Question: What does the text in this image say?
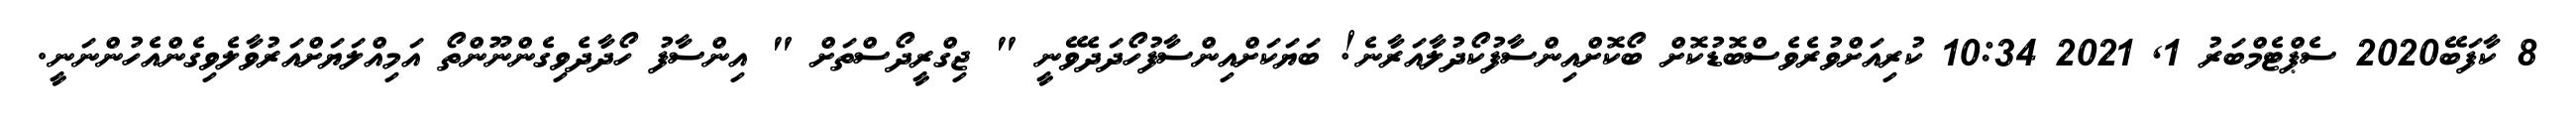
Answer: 8 ކާފަބޭ2020 ސެޕްޓެމްބަރު 1, 2021 10:34 ކުރިއަށްވުރެވެސްބޮޑުކޮށް ބޯކޮށްއިންސާފުކޯދުލާއަރާނެ! ބަޔަކަށްއިންސާފުހޯދަދެވޭނީ " ޖިގްރީދޯސްތަށް " އިންސާފު ހޯދާދެވިގެންނޫންތޯ އަމިއްލަޔަށްއަރުވާލެވިގެންއެހުންނަނީ.